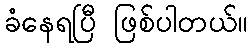
ခံနေရပြီ ဖြစ်ပါတယ်။